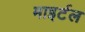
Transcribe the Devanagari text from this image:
माइर्टल